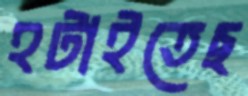
হটাইতেছ